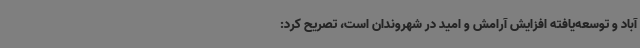
آباد و توسعه‌یافته افزایش آرامش و امید در شهروندان است، تصریح کرد: